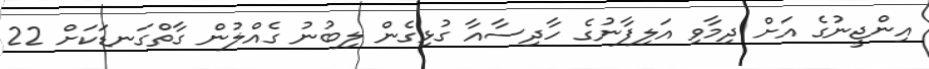
އިންޖީނުގެ އަށް ދިމާވި އަލިފާނުގެ ހާދިސާއާ ގުޅިގެން ލިބުނު ގެއްލުން ގާތްގަނޑަކަށް 22